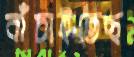
বাঁচাইতেছ